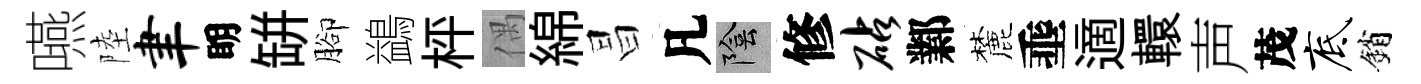
嚥陸聿眀缾腳鷁枰偶綿昌凡陰修砧鄴麓埀適轘声茂底銷